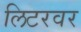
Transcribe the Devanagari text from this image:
लिटरवर